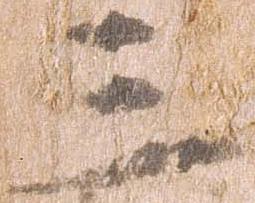
三